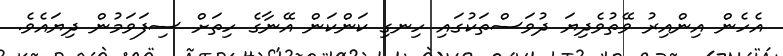
އެހެން އިންއިރު ވޭތުވެދިޔަ ދުވަސްތަކުގައި ހިނގި ކަންކަން އޭނާގެ ހިތަށް ސިފަވަމުން ދިޔައެވެ.